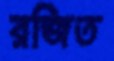
রজিত